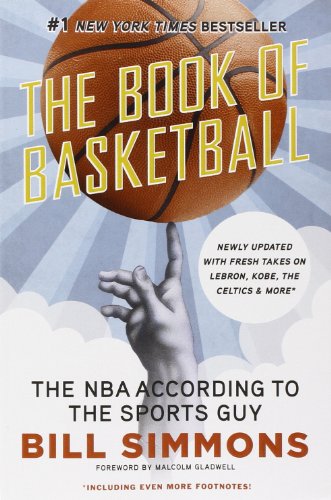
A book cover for The Book of Basketball: The NBA According to The Sports Guy; Bill Simmons; Sports & Outdoors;